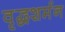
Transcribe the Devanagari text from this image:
वृद्धशर्मन